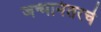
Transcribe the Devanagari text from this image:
जन्मानंतरचे